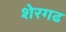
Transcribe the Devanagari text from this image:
शेरगढ